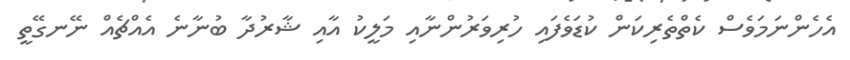
އެހެންނަމަވެސް ކެތްތެރިކަން ކުޑަވެފައި ހުރިވަރުންނާއި މަލީކު އާއި ޝާރުދާ ބުނާނެ އެއްޗެއް ނޭނގޭތީ